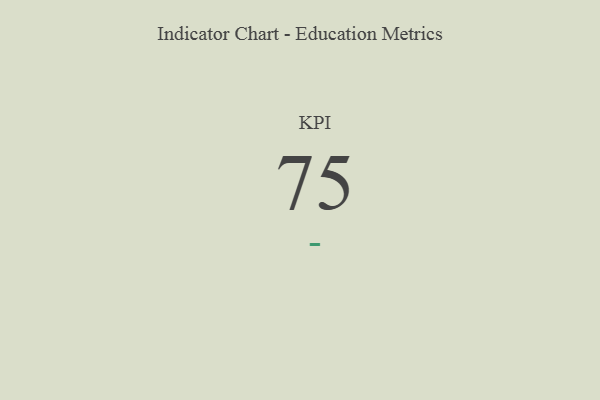
{"axis": {"x": "KPI", "y": "Value"}, "legend": [""], "data": [{"x": "KPI", "y": 75, "type": ""}]}